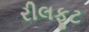
રીલફૂટ